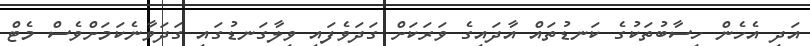
އަދި އެހެން ހިސާބުތަކުގެ ކަނޑުތައް އާދައިގެ ވަރަކަށް ގަދަވެފައި ވިލާގަނޑުގައި ގަދަވާނެކަމަށްވެސް މެޓް